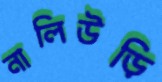
নালিউড়ি